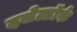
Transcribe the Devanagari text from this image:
दसेल्डॉर्फ